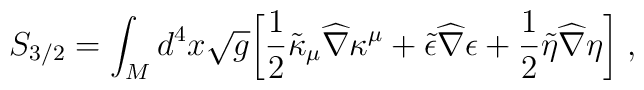
S_{3/2} = \int_{M} d^{4}x \sqrt{g} \biggr[ {1\over 2}\tilde{\kappa}_{\mu}{\widehat \nabla}\kappa^{\mu} +\tilde{\epsilon}{\widehat \nabla}\epsilon+{1\over 2}\tilde{\eta}{\widehat \nabla} \eta \biggr] \; ,